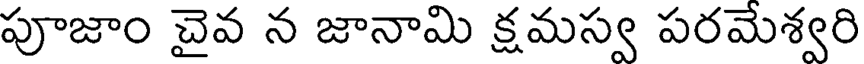
పూజాం చైవ న జానామి క్షమస్వ పరమేశ్వరి